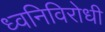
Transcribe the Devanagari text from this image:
ध्वनिविरोधी